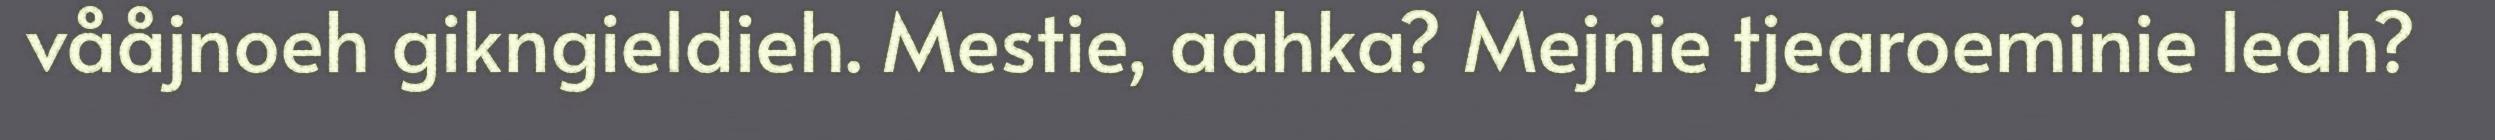
vååjnoeh gikngieldieh. Mestie, aahka? Mejnie tjearoeminie leah?